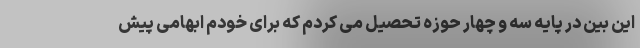
این بین در پایه سه و چهار حوزه تحصیل می کردم که برای خودم ابهامی پیش